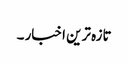
تازہ ترین اخبار ۔